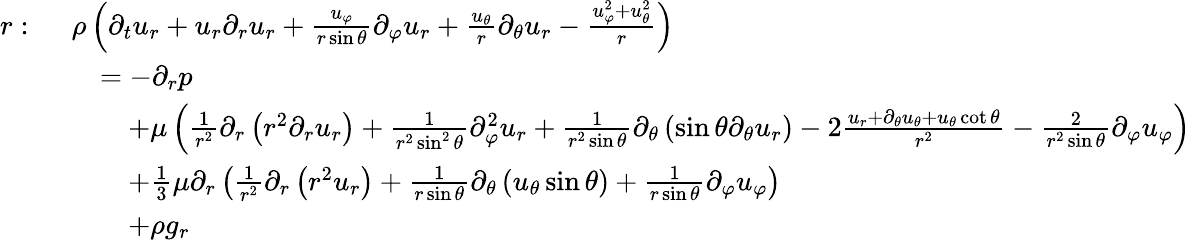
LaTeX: {\begin{array}{rl}{r:\ }&{\rho\left({\partial_{t}u_{r}}+u_{r}{\partial_{r}u_{r}}+{\frac{u_{\varphi}}{r\sin\theta}}{\partial_{\varphi}u_{r}}+{\frac{u_{\theta}}{r}}{\partial_{\theta}u_{r}}-{\frac{u_{\varphi}^{2}+u_{\theta}^{2}}{r}}\right)}\\ &{\quad=-{\partial_{r}p}}\\ &{\qquad+\mu\left({\frac{1}{r^{2}}}\partial_{r}\left(r^{2}{\partial_{r}u_{r}}\right)+{\frac{1}{r^{2}\sin^{2}\theta}}{\partial_{\varphi}^{2}u_{r}}+{\frac{1}{r^{2}\sin\theta}}\partial_{\theta}\left(\sin\theta{\partial_{\theta}u_{r}}\right)-2{\frac{u_{r}+{\partial_{\theta}u_{\theta}}+u_{\theta}\cot\theta}{r^{2}}}-{\frac{2}{r^{2}\sin\theta}}{\partial_{\varphi}u_{\varphi}}\right)}\\ &{\qquad+{\frac{1}{3}}\mu\partial_{r}\left({\frac{1}{r^{2}}}\partial_{r}\left(r^{2}u_{r}\right)+{\frac{1}{r\sin\theta}}\partial_{\theta}\left(u_{\theta}\sin\theta\right)+{\frac{1}{r\sin\theta}}{\partial_{\varphi}u_{\varphi}}\right)}\\ &{\qquad+\rho g_{r}}\end{array}}